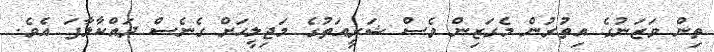
ތިން ވަޒަނުގެ އިތުރުން މެގަޒިން ވެސް ޝަރީއަތުގެ މަޖިލީހަށް ގެނެސް ދައްކާލާފަ އެވެ.